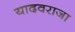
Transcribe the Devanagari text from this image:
यादवराजा